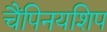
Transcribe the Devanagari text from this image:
चैंपिनयशिप